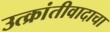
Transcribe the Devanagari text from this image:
उत्क्रांतीवादाचा